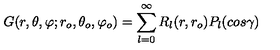
G ( r , \theta , \varphi ; r _ { o } , \theta _ { o } , \varphi _ { o } ) = \sum _ { l = 0 } ^ { \infty } R _ { l } ( r , r _ { o } ) P _ { l } ( c o s \gamma ) \,